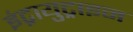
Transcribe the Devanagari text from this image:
इंट्रायुट्राइन